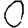
Digit: 0